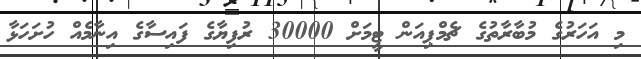
މި އަހަރުގެ މުބާރާތުގެ ޗެމްޕިއަން ޓީމަށް 30000 ރުފިޔާގެ ފައިސާގެ އިނާމެއް ހުށަހަޅާ